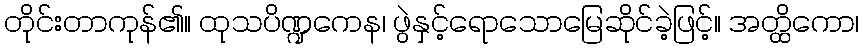
တိုင်းတာကုန်၏။ ထုသပိဏ္ဍကေန၊ ဖွဲနှင့်ရောသောမြေဆိုင်ခဲ့ဖြင့်။ အတ္ထိကော၊